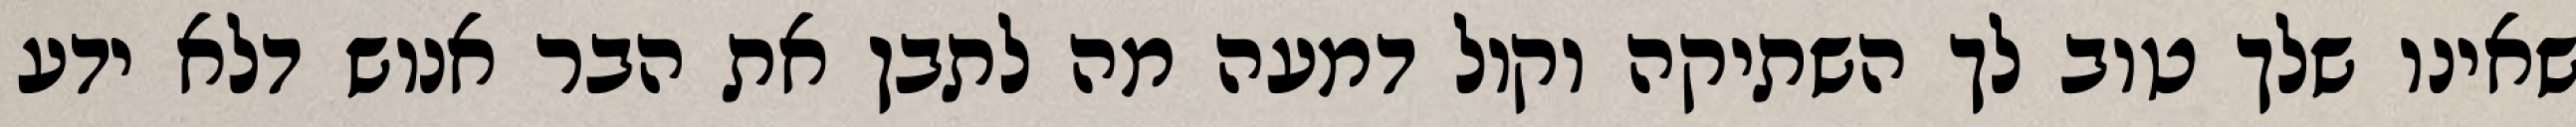
שאינו שלך טוב לך השתיקה וקול דמעה מה לתבן את הבר אנוש דלא ידע